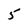
Character: 5